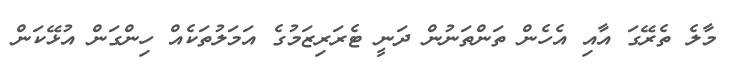
މާލެ ތެރޭގަ އާއި އެހެން ތަންތަނުން ދަނީ ޓެރަރިޒަމުގެ އަމަލުތަކެއް ހިންގަން އުޅޭކަން